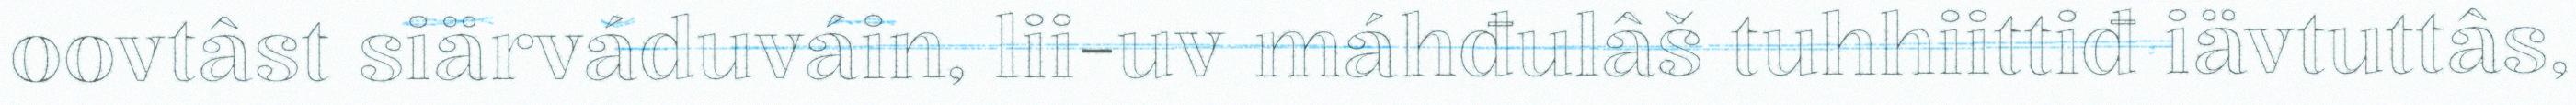
oovtâst siärváduváin, lii-uv máhđulâš tuhhiittiđ iävtuttâs,